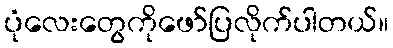
ပုံလေးတွေကိုဖော်ပြလိုက်ပါတယ်။